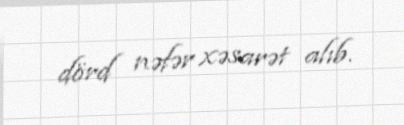
dörd nəfər xəsarət alıb.